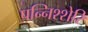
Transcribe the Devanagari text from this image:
पन्निश्शेरि